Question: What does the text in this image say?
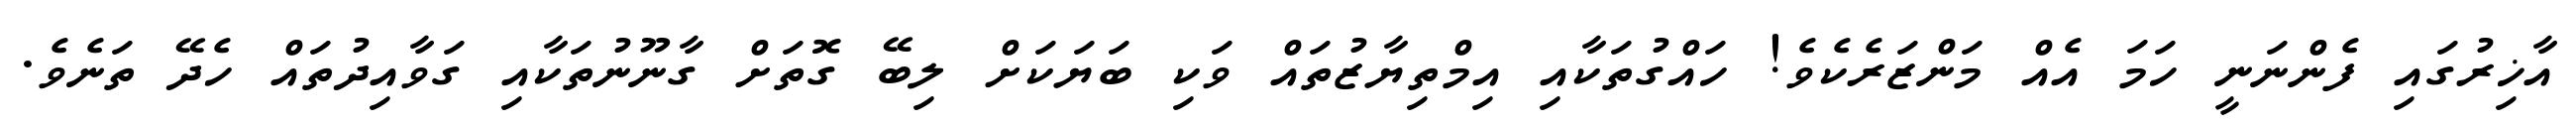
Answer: އާޚިރުގައި ފެންނަނީ ހަމަ އެއް މަންޒަރެކެވެ! ހައްގުތަކާއި އިމްތިޔާޒުތައް ވަކި ބަޔަކަށް ލިބޭ ގޮތަށް ގާނޫނުތަކާއި ގަވާއިދުތައް ހެދޭ ތަނެވެ.